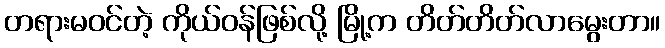
တရားမဝင်တဲ့ ကိုယ်ဝန်ဖြစ်လို့ မြို့က တိတ်တိတ်လာမွေးတာ။